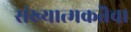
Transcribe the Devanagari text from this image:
संख्यात्मकतॆचा